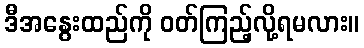
ဒီအနွေးထည်ကို ဝတ်ကြည့်လို့ရမလား။